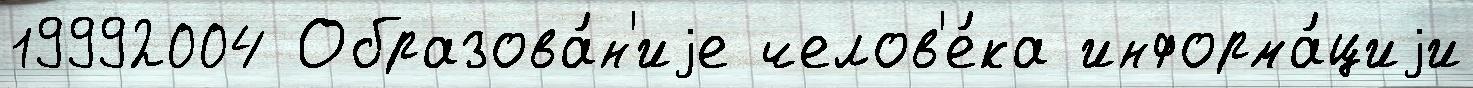
19992004 Образова́н'иjе челов'е́ка информа́циjи